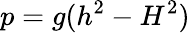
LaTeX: p=g(h^{2}-H^{2})